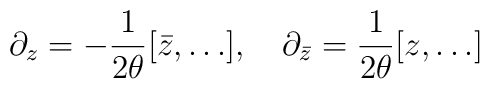
\partial_z = -\frac{1}{2\theta}[\bar z, \ldots], \ \ \ \partial_{\bar z} = \frac{1}{2\theta}[z, \ldots]